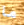
ما